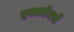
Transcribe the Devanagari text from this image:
इस्कॉनचे